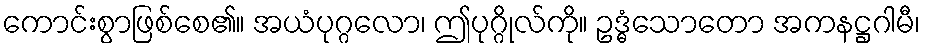
ကောင်းစွာဖြစ်စေ၏။ အယံပုဂ္ဂလော၊ ဤပုဂ္ဂိုလ်ကို။ ဥဒ္ဓံသောတော အကနဋ္ဌဂါမီ၊